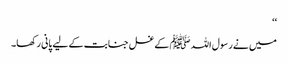
‘‘
میں نے رسول اللہ ﷺ کے غسل جنابت کے لیے پانی رکھا۔